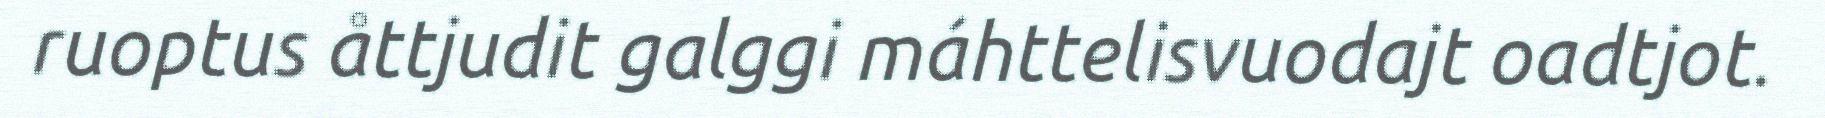
ruoptus åttjudit galggi máhttelisvuodajt oadtjot.